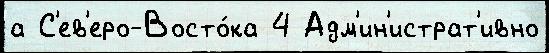
а С'ев'еро-Восто́ка 4 Адм'ин'истрат'ивно